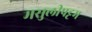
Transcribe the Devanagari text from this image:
मसुलीपट्टम